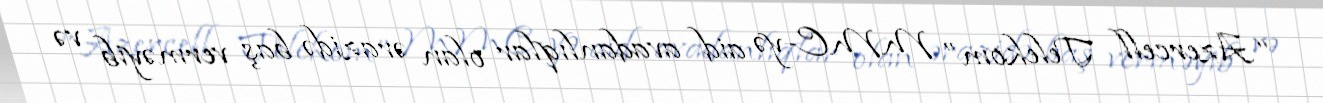
“Azercell Telekom” MMC-yə aid avadanlıqlar olan ərazidə baş verməyib və